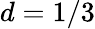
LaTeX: d=1/3